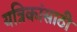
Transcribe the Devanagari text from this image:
यत्रिकांसाठी